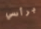
برأسي